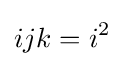
ijk=i^{2}~